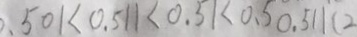
. 5 0 1 < 0 . 5 1 1 < 0 . 5 1 < 0 . 5 0 . 5 1 1 ( 2